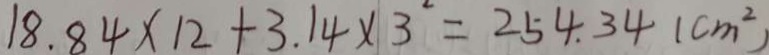
1 8 . 8 4 \times 1 2 + 3 . 1 4 \times 3 ^ { 2 } = 2 5 4 . 3 4 ( c m ^ { 2 } )